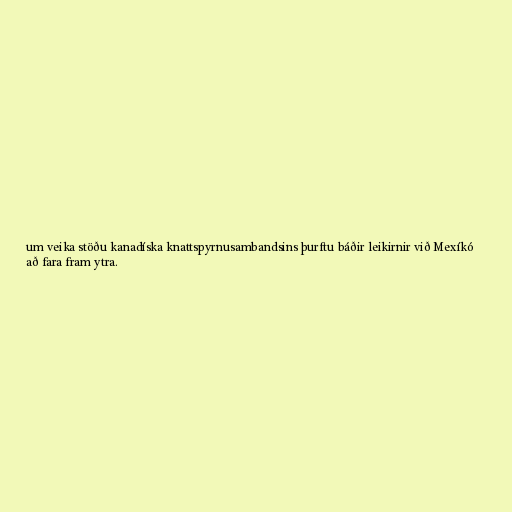
um veika stöðu kanadíska knattspyrnusambandsins þurftu báðir leikirnir við Mexíkó
að fara fram ytra.